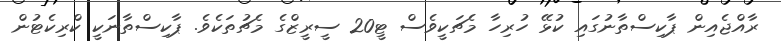
ރާއްޖެއިން ޕާކިސްތާނުގައި ކުޅޭ ހުރިހާ މެޗަކީވެސް ޓީ20 ސީރީޒްގެ މެޗުތަކެވެ. ޕާކިސްތާނަކީ ކްރިކެޓުން